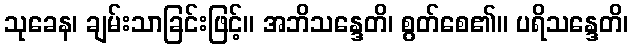
သုခေန၊ ချမ်းသာခြင်းဖြင့်။ အဘိသန္ဒေတိ၊ စွတ်စေ၏။ ပရိသန္ဒေတိ၊